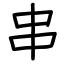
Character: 串